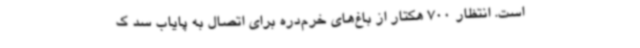
است. انتظار 700 هکتار از باغ‌های خرم‌دره برای اتصال به پایاب سد ک